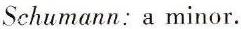
Schumann: a minor.